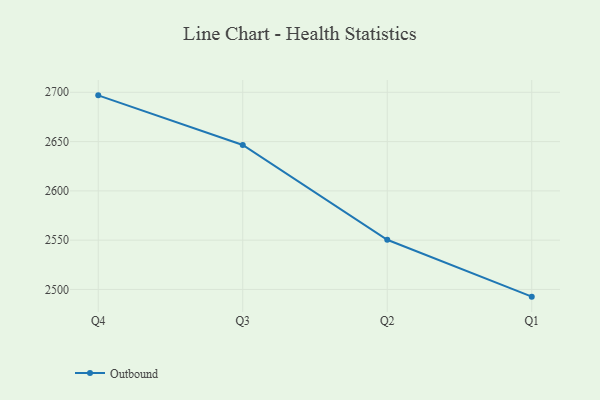
{"axis": {"x": "Quarter", "y": "Shipments"}, "legend": ["Outbound"], "data": [{"x": "Q4", "y": 2696.9, "type": "Outbound"}, {"x": "Q3", "y": 2646.6, "type": "Outbound"}, {"x": "Q2", "y": 2550.4, "type": "Outbound"}, {"x": "Q1", "y": 2492.7, "type": "Outbound"}]}